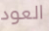
العود